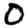
Digit: 0